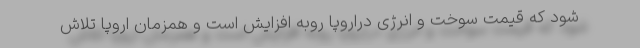
شود که قیمت سوخت و انرژی دراروپا روبه افزایش است و همزمان اروپا تلاش